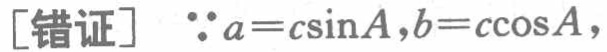
[错证] $\because a = c\sin A,b = c\cos A,$